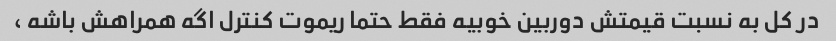
در کل به نسبت قیمتش دوربین خوبیه فقط حتما ریموت کنترل اگه همراهش باشه ،